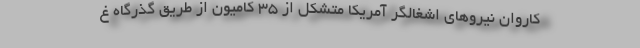
کاروان نیروهای اشغالگر آمریکا متشکل از ۳۵ کامیون از طریق گذرگاه غ